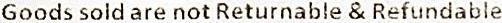
GOODS SOLD ARE NOT RETURNABLE & REFUNDABLE